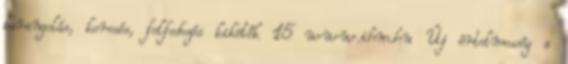
barangolás, keresés, felfedezés kikötők 15 www.ihm.hu Új értelmesség a